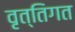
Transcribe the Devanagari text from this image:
वृत्तिगत